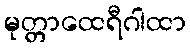
မုတ္တာထေရီဂါထာ